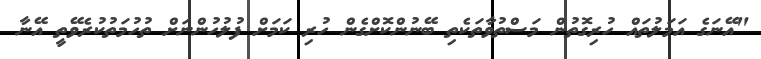
"އޭނަގެ އަމަލުތައް ހުރިގޮތުން މަސްތުވާތަކެތި ބޭނުންކޮށްގެން ހުރި ކަމަށް ފުލުހުންނަށް ތުހުމަތުކުރެވޭތީ އޭނާ